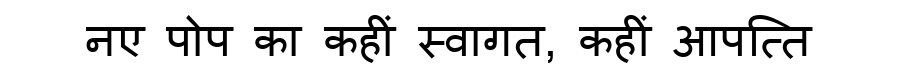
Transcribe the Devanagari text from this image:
नए पोप का कहीं स्वागत, कहीं आपत्ति